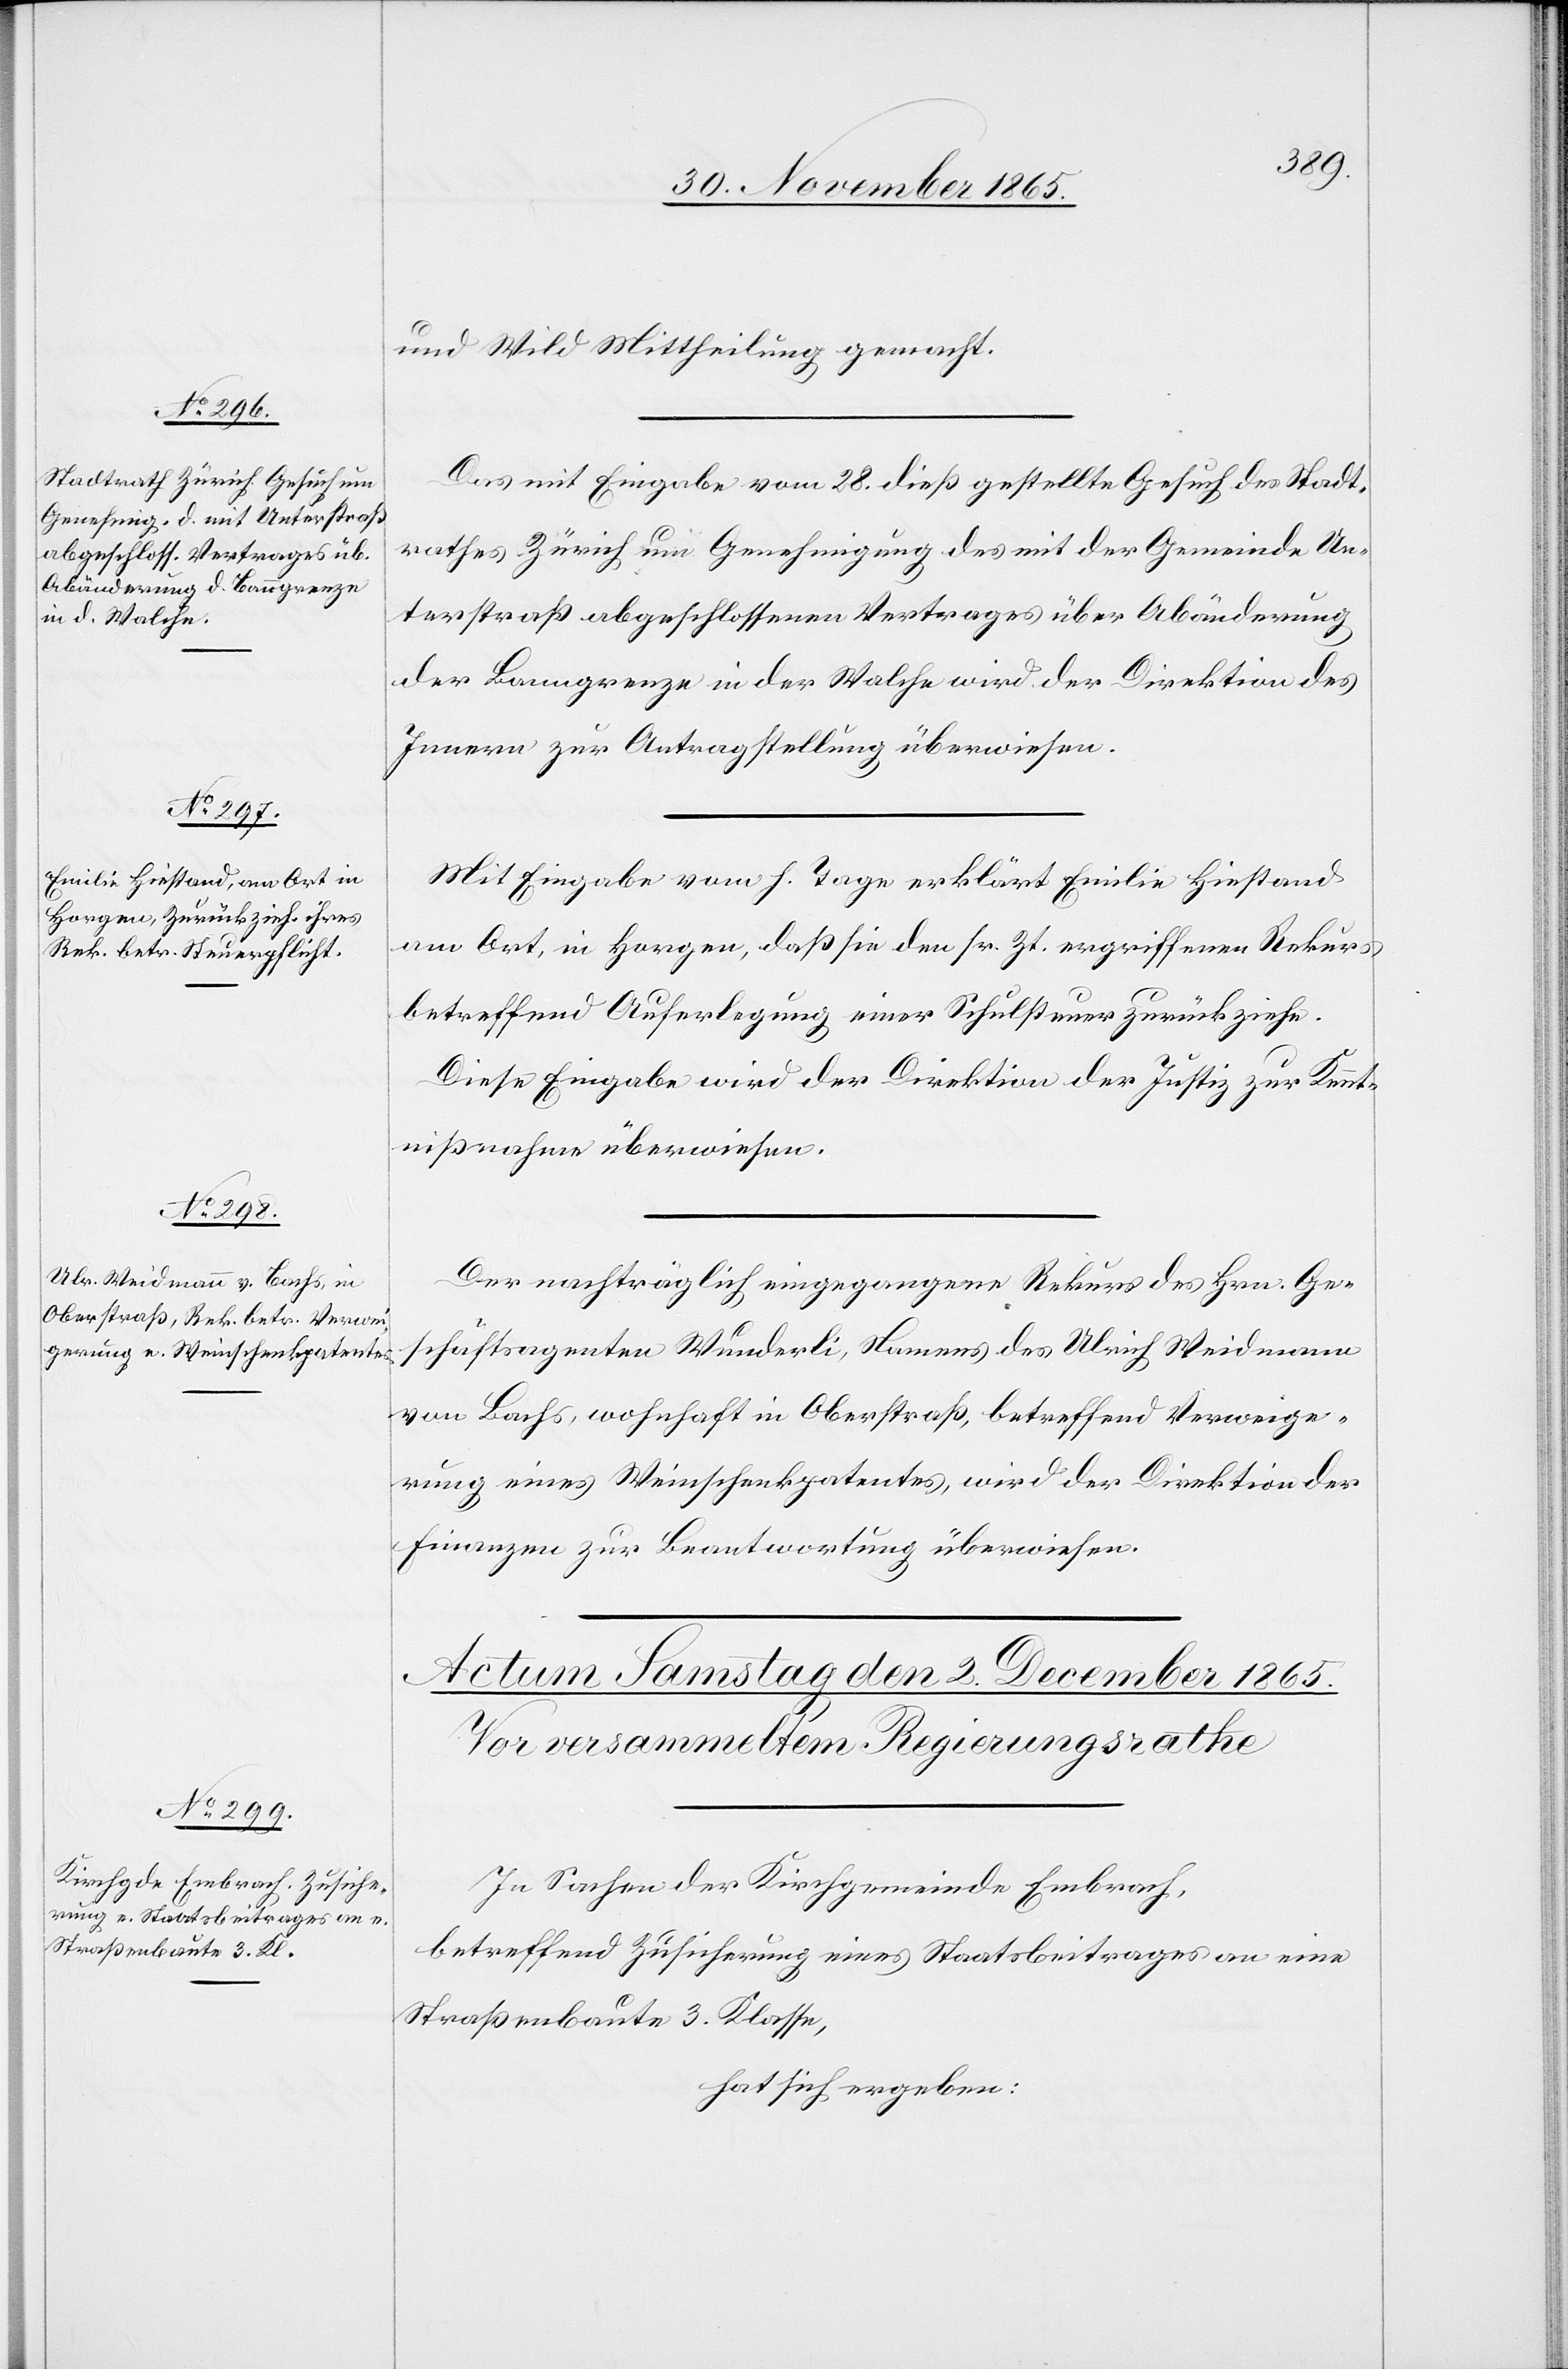
30. November 1865.]
und Wild Mittheilung gemacht.
Das mit Eingabe vom 28. dieß gestellte Gesuch des Stadt¬
rathes Zürich um Genehmigung des mit der Gemeinde Un¬
terstraß abgeschlossenen Vertrages über Abänderung
der Banngrenze in der Walche wird der Direktion des
Innern zur Antragstellung überwiesen.
Mit Eingabe vom h. Tage erklärt Emilie Hiestand
am Ort, in Horgen, daß sie den sr. Zt. ergriffenen Rekurs
betreffend Auferlegung einer Schulsteuer zurückziehe.
Diese Eingabe wird der Direktion der Justiz zur Kennt¬
nißnahme überwiesen.
Der nachträglich eingegangene Rekurs des Hrn. Ge¬
schäftsagenten Wunderli, Namens des Ulrich Weidmann
von Bachs, wohnhaft in Oberstraß, betreffend Verweige¬
rung eines Weinschenkpatentes, wird der Direktion der
Finanzen zur Beantwortung überwiesen.
In Sachen der Kirchgemeinde Embrach,
betreffend Zusicherung eines Staatsbeitrages an eine
Straßenbaute 3. Klasse,
hat sich ergeben: